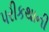
પરીકથાની